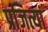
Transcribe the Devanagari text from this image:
प्रजित्यां